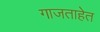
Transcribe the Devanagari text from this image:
गाजताहेत